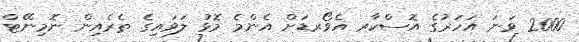
2000 ވަނަ އަހަރުގެ އޮސްކާރ އެވޯރޑަށް އެންމެ މޮޅު ލަވައިގެ ތެރެއިން ނޮމިނޭޓް